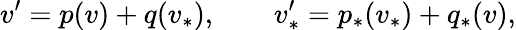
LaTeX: v^{\prime}=p(v)+q(v_{\ast}),\qquad v_{\ast}^{\prime}=p_{\ast}(v_{\ast})+q_{\ast}(v),